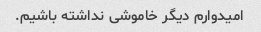
امیدوارم دیگر خاموشی نداشته باشیم.